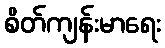
စိတ်ကျန်းမာရေး